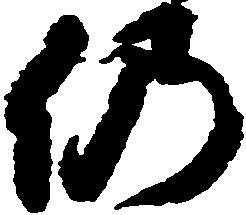
仍